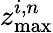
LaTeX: z_{\mathrm{max}}^{i,n}